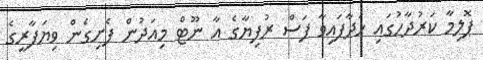
ޕޮލިމާ ކަރުދާހުގައި ހަދާފައިވާ ފަސް ރުފިޔާގެ އާ ނޫޓް މިއަދުން ފެށިގެން ވިޔަފާރީގެ